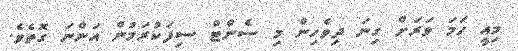
މިއީ ހަމަ ވަރަށް ގިނަ ދިވެހިން މި ސެންޓް ސިފަކުރަމުން އަންނަ ގޮތެވެ.